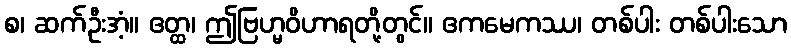
စ၊ ဆက်ဦးအံ့။ ဧတ္ထ၊ ဤဗြဟ္မဝိဟာရတို့တွင်။ ဧကမေကဿ၊ တစ်ပါး တစ်ပါးသော